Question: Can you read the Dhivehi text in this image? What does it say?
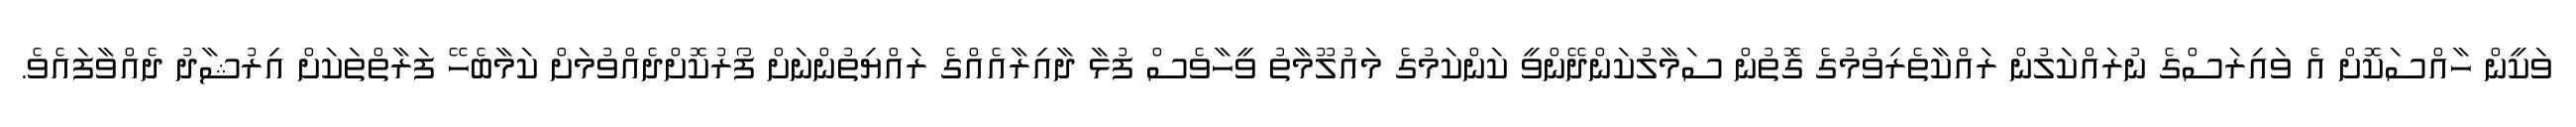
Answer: ވަކީން ހާއްސަކޮށް އެ ވައިރަސްގެ ނުރައްކަލުން ރައްކާތެރިވުމުގެ ގޮތުން ސަމާލުކަންދޭންވީ ކަންކަމުގެ މައުލޫމާތު ވީހާވެސް ފުޅާ ދާއިރާއެއްގެ ރައްޔިތުންނަށް ފޯރުކޮށްދެއްވުމަށް ކަމާބެހޭ ފަރާތްތަކަށް އިރުޝާދު ދެއްވާފައެވެ.